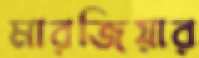
মারজিয়ার